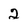
Character: 2